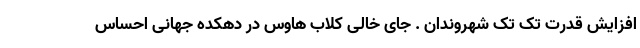
افزایش قدرت تک تک شهروندان . جای خالی کلاب هاوس در دهکده جهانی احساس